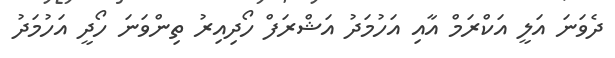
ދެވަނަ އަލީ އަކްރަމް އާއި އަހުމަދު އަޝްރަފް ހޯދިއިރު ތިންވަނަ ހޯދީ އަހުމަދު